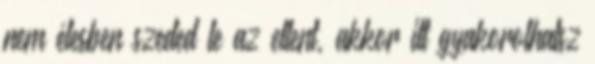
nem élesben szeded le az ellent, akkor itt gyakorolhatsz